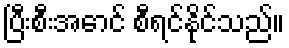
ပြီးစီးအောင် စီရင်နိုင်သည်။